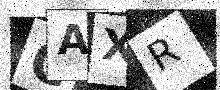
Text: CAXR